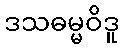
ဒသဓမ္မဝိဒူ